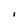
Character: I